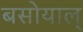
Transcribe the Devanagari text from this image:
बसोयाल्